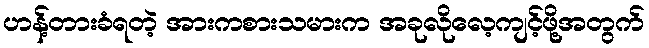
ဟန့်တားခံရတဲ့ အားကစားသမားက အခုလိုလေ့ကျင့်ဖို့အတွက်